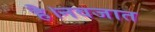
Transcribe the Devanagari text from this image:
है।नवजात